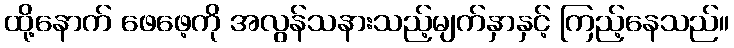
ထို့နောက် ဖေဖေ့ကို အလွန်သနားသည့်မျက်နှာနှင့် ကြည့်နေသည်။